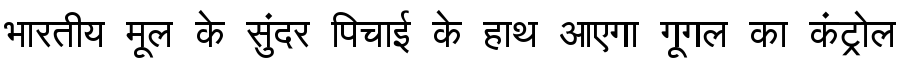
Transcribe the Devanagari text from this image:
भारतीय मूल के सुंदर पिचाई के हाथ आएगा गूगल का कंट्रोल